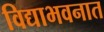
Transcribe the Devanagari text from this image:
विद्याभवनात